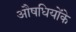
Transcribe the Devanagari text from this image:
औषधियोंके